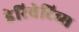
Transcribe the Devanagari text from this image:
डेरिवेटिव्स